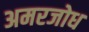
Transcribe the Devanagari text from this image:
अमरजोध